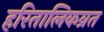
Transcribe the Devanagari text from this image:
हरितालिकव्रत